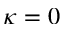
\kappa = 0